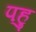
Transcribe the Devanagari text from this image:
पहु